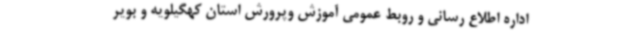
اداره اطلاع رسانی و روبط عمومی آموزش وپرورش استان کهگیلویه و بویر